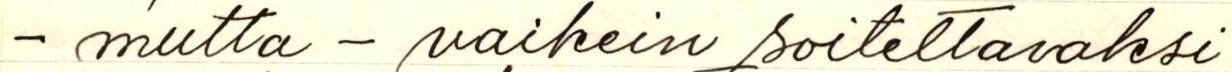
- mutta - vaikein soitettavaksi